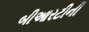
બીઆરટીની